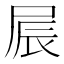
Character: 屒